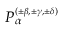
P _ { \alpha } ^ { \scriptscriptstyle { ( \pm \beta , \pm \gamma , \pm \delta ) } }